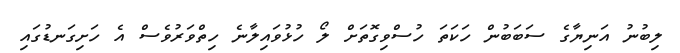
ލިބުނު އަނިޔާގެ ސަބަބުން ހަކަތަ ހުސްވިގޮތަށް ލޯ ހުޅުވައިލާނެ ހިތްވަރުވެސް އެ ހަށިގަނޑުގައި